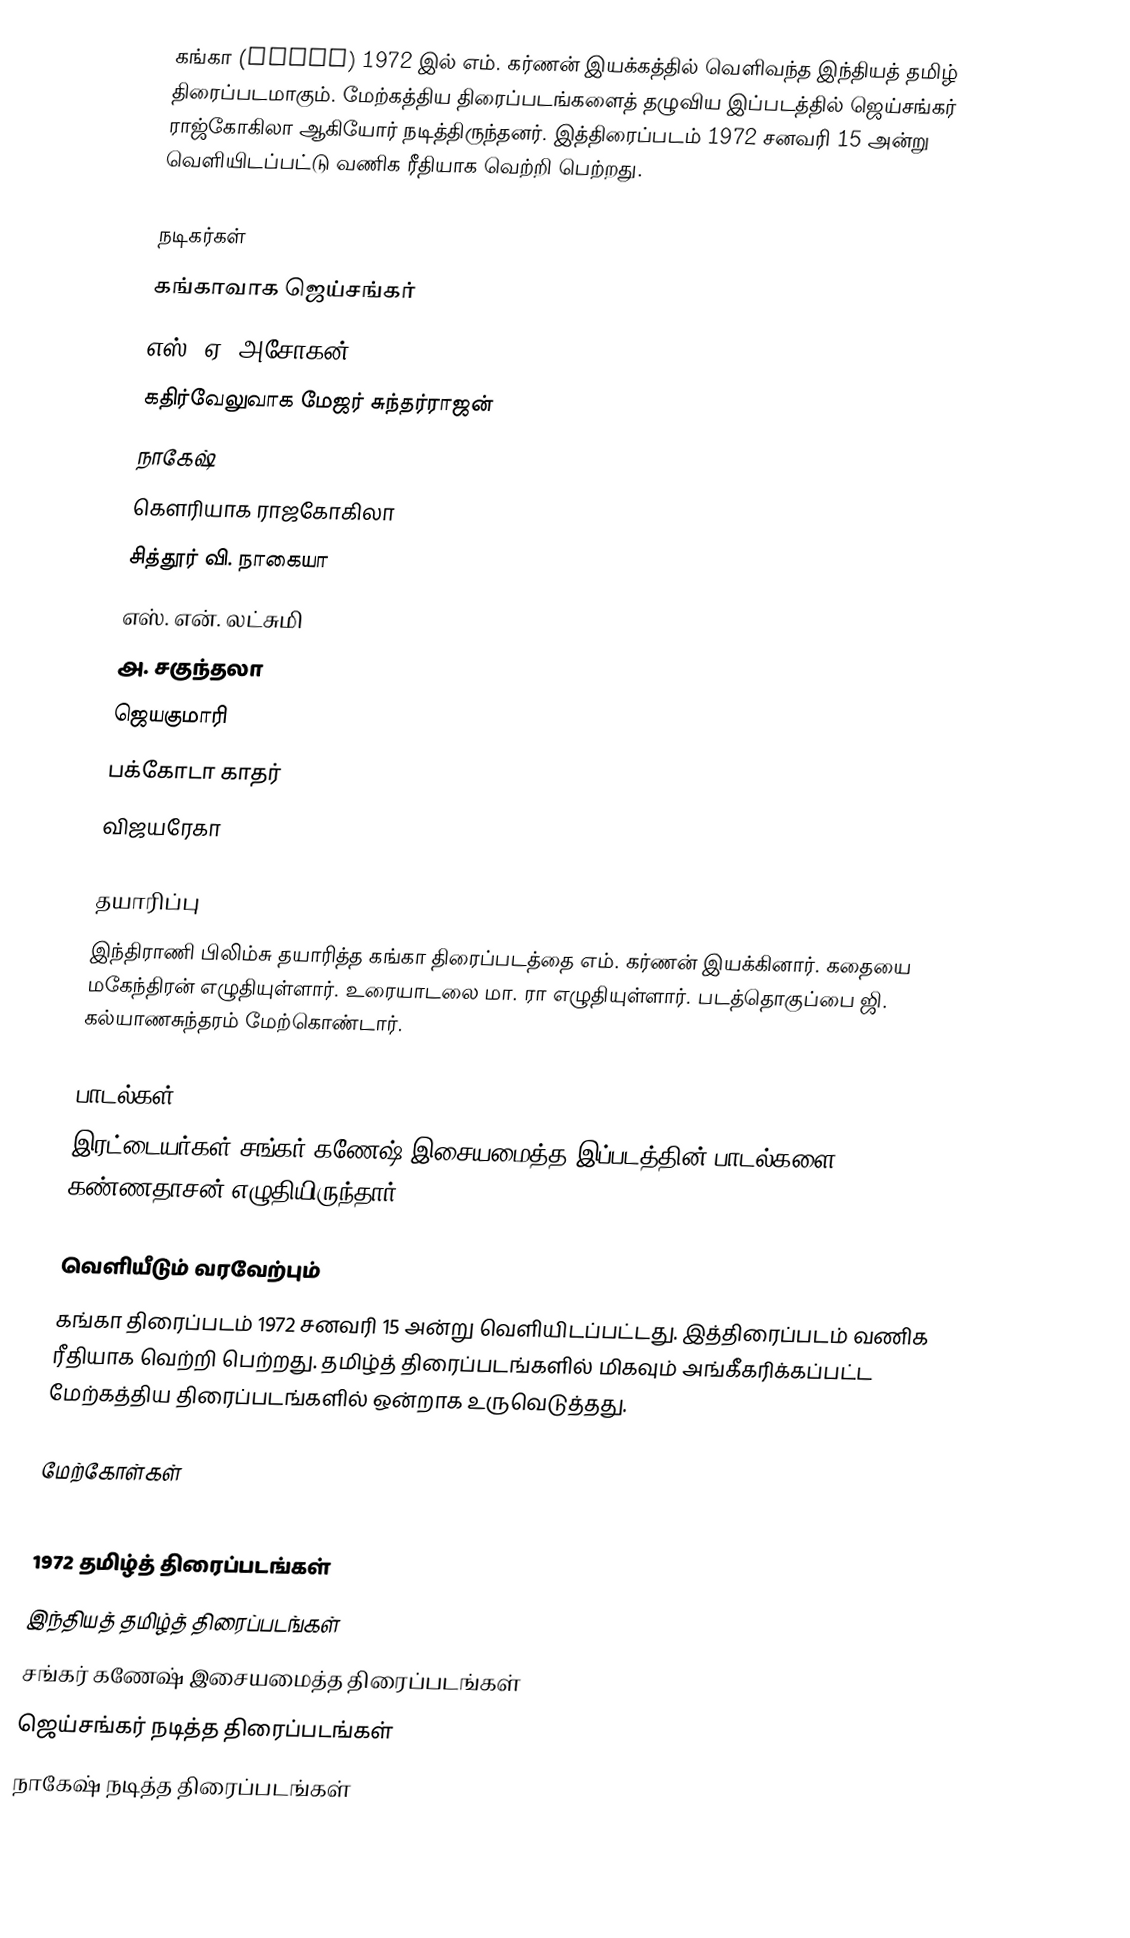
கங்கா (Ganga) 1972 இல் எம். கர்ணன் இயக்கத்தில் வெளிவந்த இந்தியத் தமிழ் திரைப்படமாகும். மேற்கத்திய திரைப்படங்களைத் தழுவிய இப்படத்தில் ஜெய்சங்கர் ராஜ்கோகிலா ஆகியோர் நடித்திருந்தனர். இத்திரைப்படம் 1972 சனவரி 15 அன்று வெளியிடப்பட்டு வணிக ரீதியாக வெற்றி பெற்றது.

நடிகர்கள்
 கங்காவாக ஜெய்சங்கர்
 எஸ். ஏ. அசோகன்
 கதிர்வேலுவாக மேஜர் சுந்தர்ராஜன்
 நாகேஷ்
 கௌரியாக ராஜகோகிலா
 சித்தூர் வி. நாகையா
 எஸ். என். லட்சுமி
 அ. சகுந்தலா
 ஜெயகுமாரி
 பக்கோடா காதர்
 விஜயரேகா

தயாரிப்பு
இந்திராணி பிலிம்சு தயாரித்த கங்கா திரைப்படத்தை எம். கர்ணன் இயக்கினார். கதையை மகேந்திரன் எழுதியுள்ளார். உரையாடலை மா. ரா எழுதியுள்ளார். படத்தொகுப்பை ஜி. கல்யாணசுந்தரம் மேற்கொண்டார்.

பாடல்கள்
இரட்டையர்கள் சங்கர்-கணேஷ் இசையமைத்த இப்படத்தின் பாடல்களை கண்ணதாசன் எழுதியிருந்தார்.

வெளியீடும் வரவேற்பும்
கங்கா திரைப்படம் 1972 சனவரி 15 அன்று வெளியிடப்பட்டது. இத்திரைப்படம் வணிக ரீதியாக வெற்றி பெற்றது. தமிழ்த் திரைப்படங்களில் மிகவும் அங்கீகரிக்கப்பட்ட மேற்கத்திய திரைப்படங்களில் ஒன்றாக உருவெடுத்தது.

மேற்கோள்கள்

1972 தமிழ்த் திரைப்படங்கள்
இந்தியத் தமிழ்த் திரைப்படங்கள்
சங்கர் கணேஷ் இசையமைத்த திரைப்படங்கள்
ஜெய்சங்கர் நடித்த திரைப்படங்கள்
நாகேஷ் நடித்த திரைப்படங்கள்